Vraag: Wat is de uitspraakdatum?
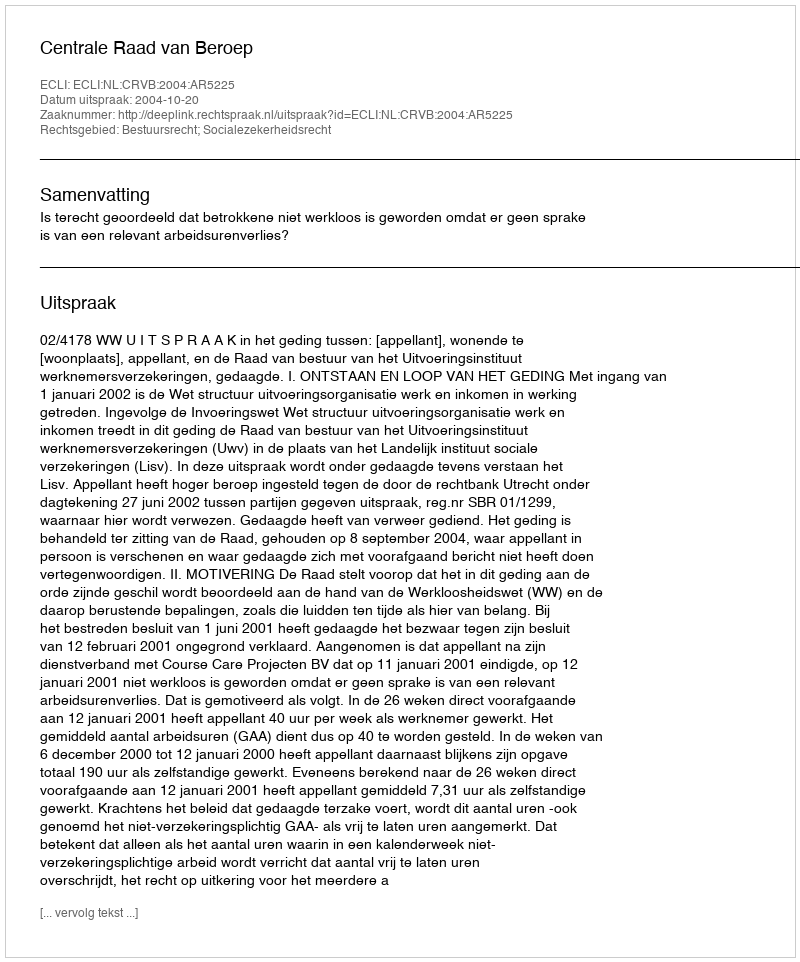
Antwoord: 2004-10-20